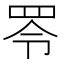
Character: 𦊓